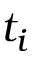
t _ { i }